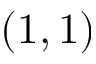
( 1 , 1 )